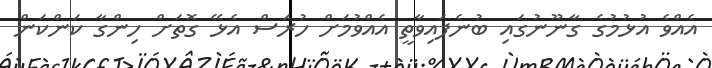
އެއްވެ އުޅުމުގެ ގާނޫނުގައި ބުނެފައިވާތީ އެއްވުމަށް ހުރަސް އެޅޭ ގޮތަށް ހިންގާ ކަންކަން